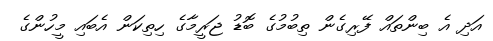
އަދި އެ ބިންތައް ފޭރިގެން ތިބުމުގެ ބޮޑު ޖަރީމާގެ ހިތިކަން އެބައި މީހުންގެ